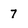
Character: 7